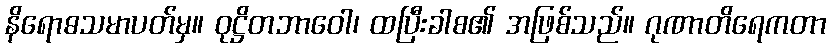
နိရောဓသမာပတ်မှ။ ဝုဋ္ဌိတဘာဝေါ၊ ထပြီးခါစ၏ အဖြစ်သည်။ ဂုဏာတိရေကတာ